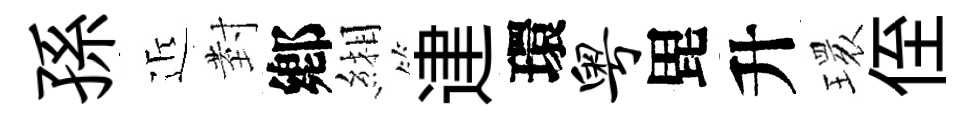
孫近𭔹鄕緗䢖環粤毘升𤨔侄